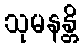
သုမနန္တိ